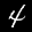
Label: 4